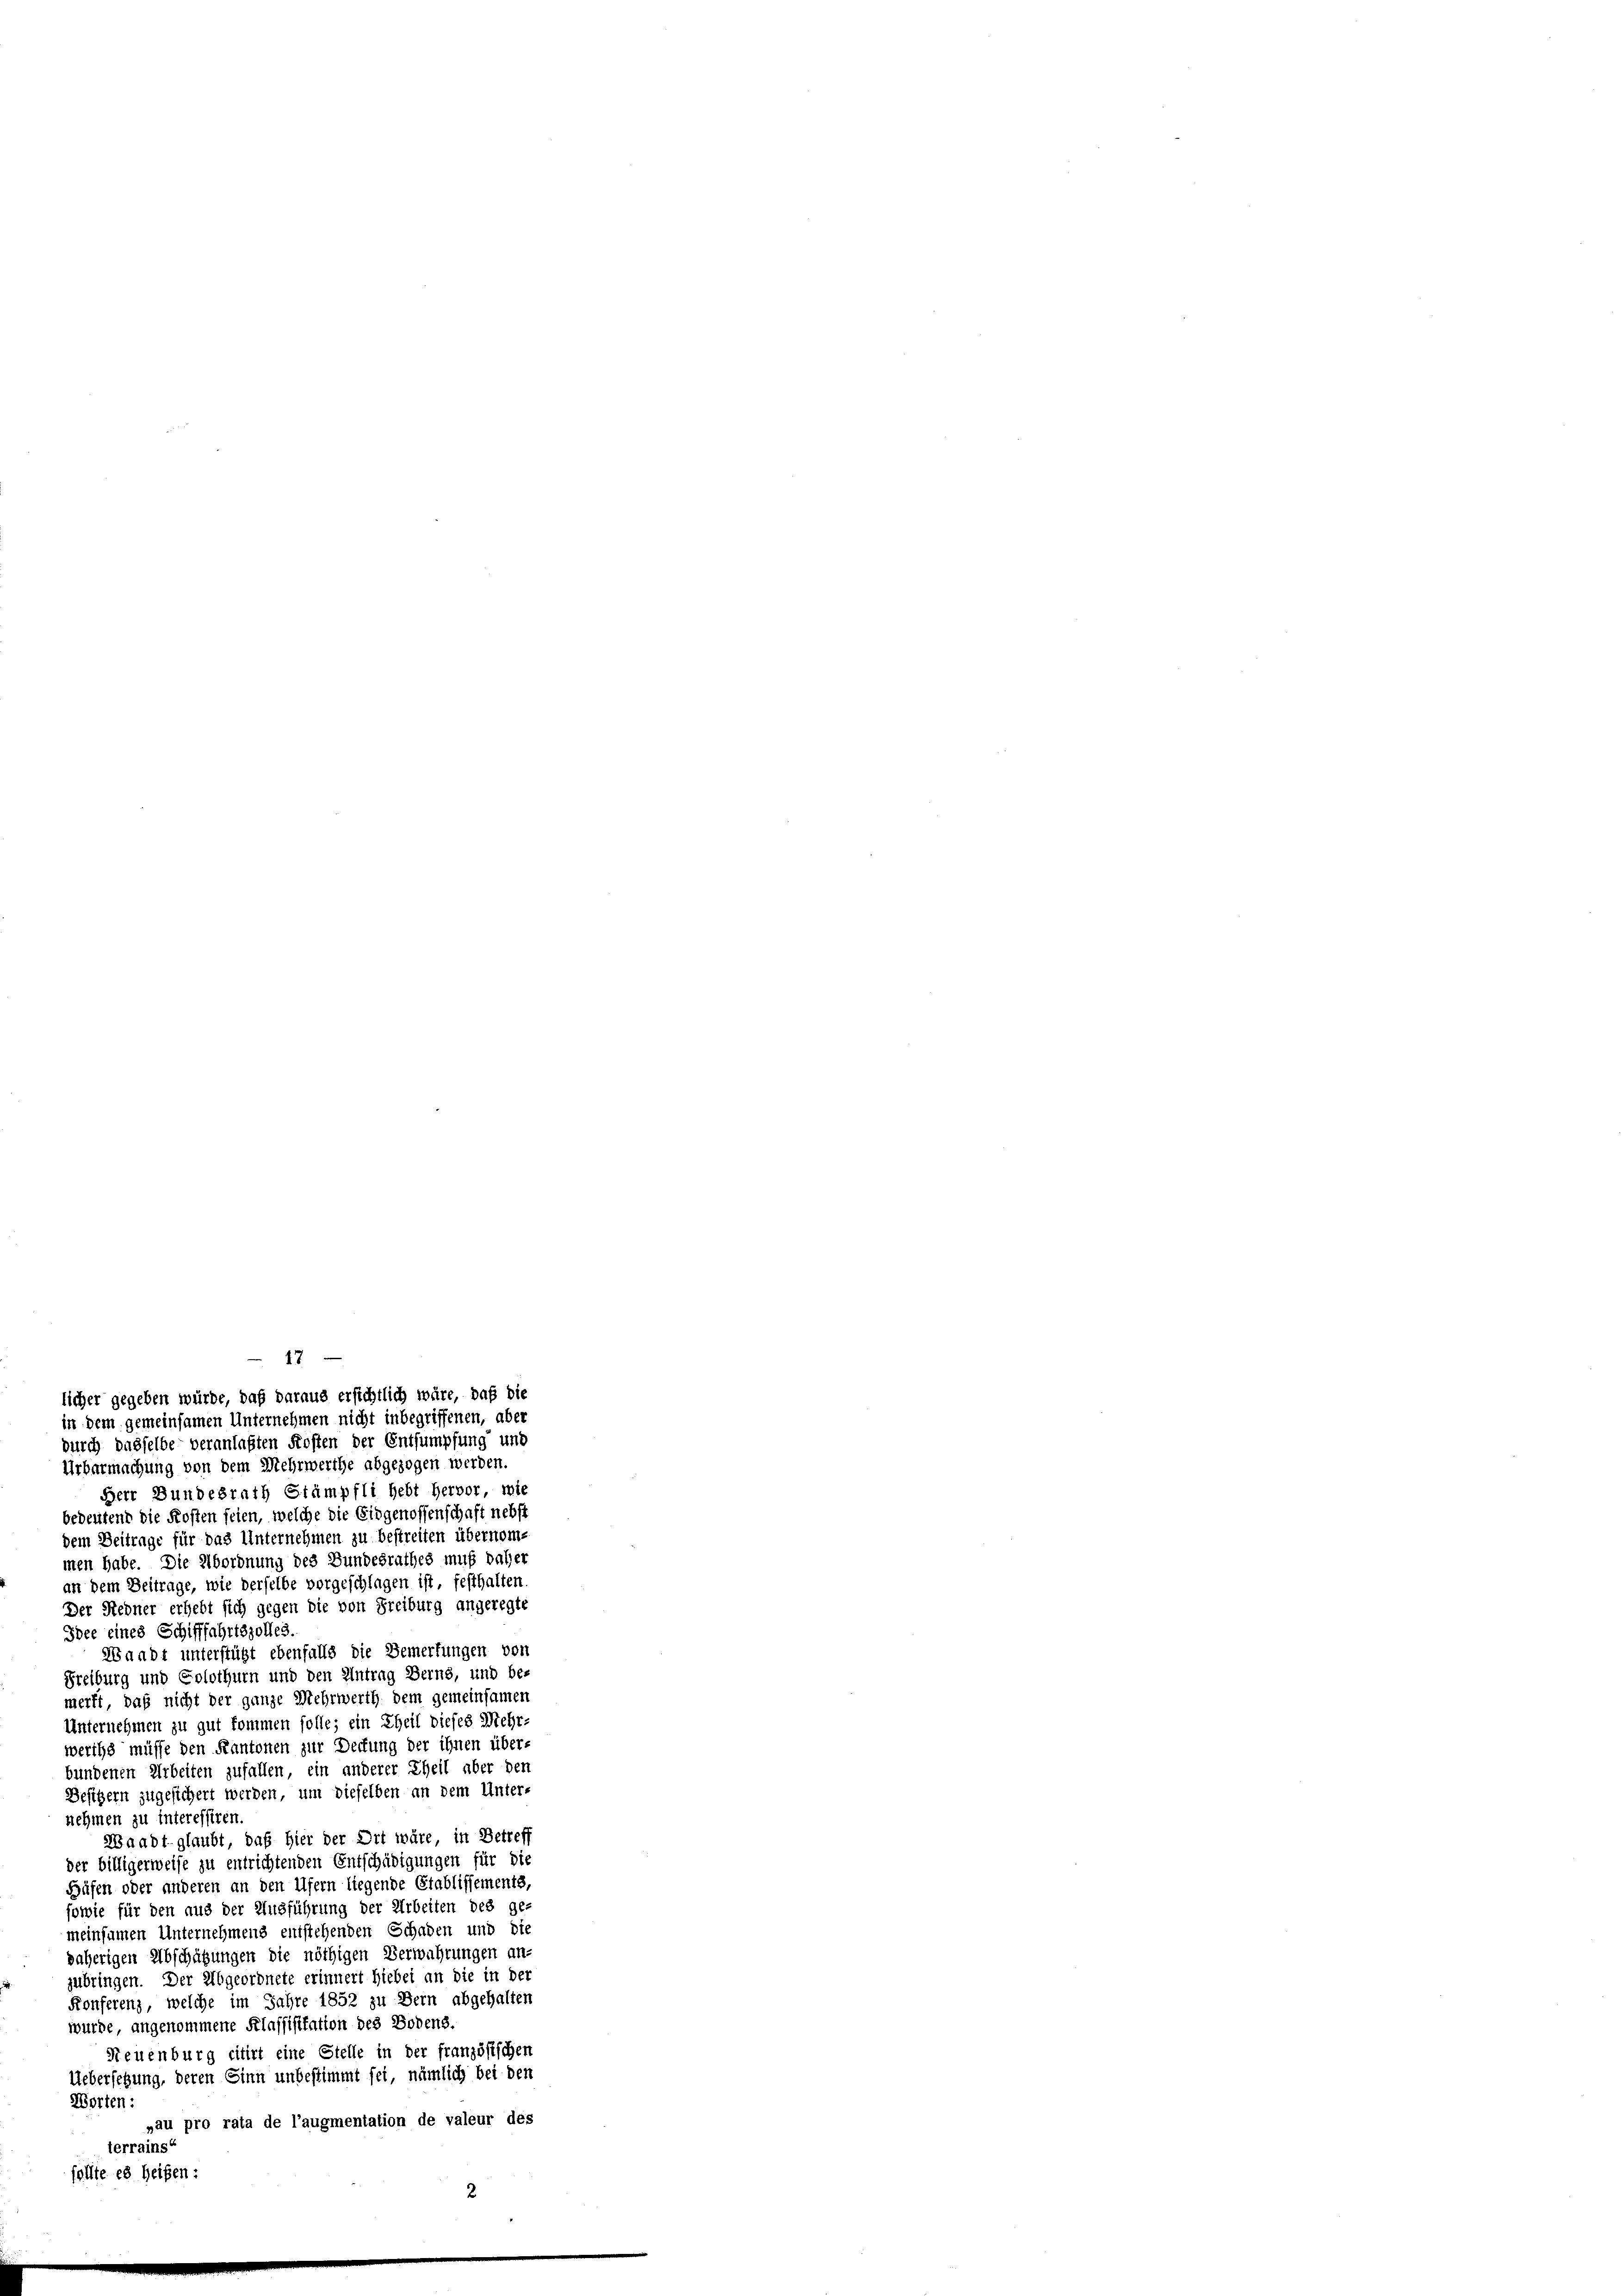
17
licher gegeben würde, daß daraus ersichtlich wäre, daß die
in dem gemeinsamen Unternehmen nicht inbegriffenen, aber

durch dasselbe veranlaßten Kosten der Entsumpfung und
Urbarmachung von dem Mehrwerthe abgezogen werden.
Herr Bundesrath Stämpfli hebt hervor, wie
bedeutend die Kosten seien, welche die Eidgenossenschaft nebst
dem Beitrage für das Unternehmen zu bestreiten übernome
men habe. Die Abordnung des Bundesrathes muß daher
an dem Beitrage, wie derselbe vorgeschlagen ist, festhalten
Der Redner erhebt sich gegen die von Freiburg angeregte
Idee eines Schifffahrtszolles.
Waadt unterstützt ebenfalls die Bemerkungen von
Freiburg und Solothurn und den Antrag Berns, und be-
merkt, das nicht der ganze Mehrwerth dem gemeinsamen
Unternehmen zu gut kommen solle; ein Theil dieses Mehr-
werths müsse den Kantonen zur Deckung der ihnen überbundenen Arbeiten zufallen, ein anderer Theil aber der
Besizern zugesichert werden, um dieselben an dem Unter-
nehmen zu interessiren.
Waadt glaubt, daß hier der Ort wäre in Betreff
der billigerweise zu entrichtenden Entschädigungen für die
Häfen oder anderen an den Ufern liegende Etablissements,
sowie für den aus der Ausführung der Arbeiten des gemeinsamen Unternehmens entstehenden Schaden und die
daherigen Abschätzungen die nöthigen Verwahrungen an-
zubringen. Der Abgeordnete erinnert hiebei an die in der
Konferenz, welche im Jahre 1852 zu Bern abgehalten
wurde, angenommene Klassisitation des Bodens.
Neuenburg citirt eine Stelle in der französischen
Uebersetzung, deren Sinn unbestimmt sei, nämlich bei den
Worten:
„au pro rata de l’augmentation de valeur des
terrains
sollte es heißen: